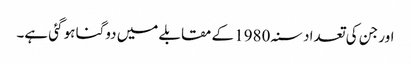
اور جن کی تعداد سنہ 1980 کے مقابلے میں دوگنا ہو گئی ہے۔